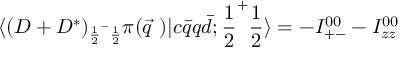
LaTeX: \langle ( D + D ^ { * } ) _ { { \frac { 1 } { 2 } } ^ { - } { \frac { 1 } { 2 } } } \pi ( \vec { q } ~ ) \vert c \bar { q } q \bar { d } ; { \frac { 1 } { 2 } } ^ { + } { \frac { 1 } { 2 } } \rangle = - I _ { + - } ^ { 0 0 } - I _ { z z } ^ { 0 0 }